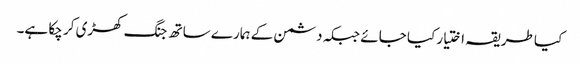
کیا طریقہ اختیار کیا جائے جبکہ دشمن کے ہمارے ساتھ جنگ کھڑی کر چکا ہے۔